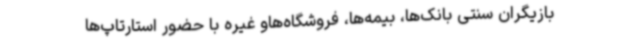
بازیگران سنتی بانک‌ها، بیمه‌ها، فروشگاه‌هاو غیره با حضور استارتاپ‌ها